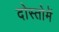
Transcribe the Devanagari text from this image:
दोस्तोमें